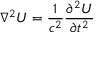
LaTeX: \nabla ^ { 2 } U = { \frac { 1 } { c ^ { 2 } } } { \frac { \partial ^ { 2 } U } { \partial t ^ { 2 } } }